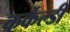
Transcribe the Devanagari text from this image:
कर्कैल्डी